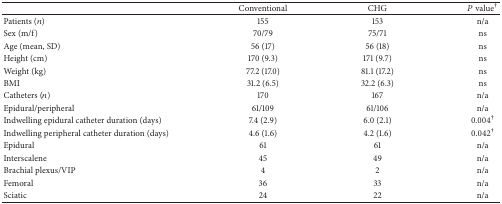
<table><thead><tr><td>[EMPTY_CELL]</td><td><b>Conventional </b></td><td><b>CHG </b></td><td><b><i>P</i> value<sup>†</sup></b></td></tr></thead><tbody><tr><td>Patients (<i>n</i>)</td><td>155</td><td>153</td><td>n/a</td></tr><tr><td>Sex (m/f)</td><td>70/79</td><td>75/71</td><td>ns</td></tr><tr><td>Age (mean, SD)</td><td>56 (17)</td><td>56 (18)</td><td>ns</td></tr><tr><td>Height (cm)</td><td>170 (9.3)</td><td>171 (9.7)</td><td>ns</td></tr><tr><td>Weight (kg)</td><td>77.2 (17.0)</td><td>81.1 (17.2)</td><td>ns</td></tr><tr><td>BMI</td><td>31.2 (6.5)</td><td>32.2 (6.3)</td><td>ns</td></tr><tr><td>Catheters (<i>n</i>)</td><td>170</td><td>167</td><td>n/a</td></tr><tr><td>Epidural/peripheral</td><td>61/109</td><td>61/106</td><td>n/a</td></tr><tr><td>Indwelling epidural catheter duration (days)</td><td>7.4 (2.9)</td><td>6.0 (2.1)</td><td>0.004<sup>†</sup></td></tr><tr><td>Indwelling peripheral catheter duration (days)</td><td>4.6 (1.6)</td><td>4.2 (1.6)</td><td>0.042<sup>†</sup></td></tr><tr><td>Epidural</td><td>61</td><td>61</td><td>n/a</td></tr><tr><td>Interscalene</td><td>45</td><td>49</td><td>n/a</td></tr><tr><td>Brachial plexus/VIP</td><td>4</td><td>2</td><td>n/a</td></tr><tr><td>Femoral</td><td>36</td><td>33</td><td>n/a</td></tr><tr><td>Sciatic</td><td>24</td><td>22</td><td>n/a</td></tr></tbody></table>